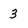
Character: 3